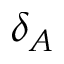
\delta _ { A }